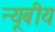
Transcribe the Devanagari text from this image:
न्यूबीय